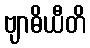
ဗျာဓိယီတိ